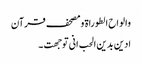
والواح الطوراۃ ومصحف قرآن
ادین بدین الحب انی توجھت ۔